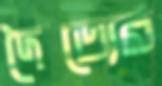
দৈত্যের